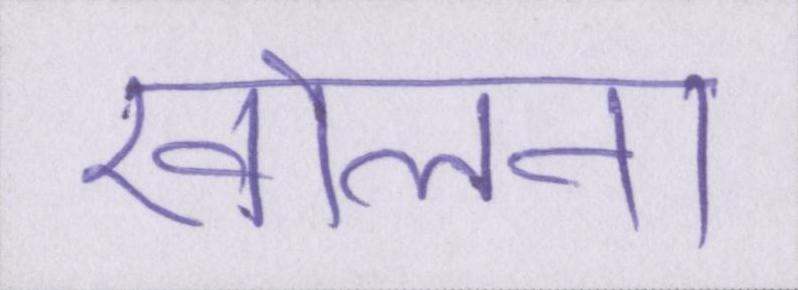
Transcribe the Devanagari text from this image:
खोलना